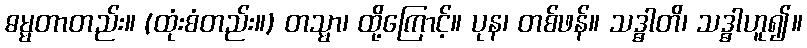
ဓမ္မတာတည်း။ (ထုံးစံတည်း။) တသ္မာ၊ ထို့ကြောင့်။ ပုန၊ တစ်ဖန်။ သဒ္ဓါတိ၊ သဒ္ဓါဟူ၍။